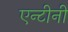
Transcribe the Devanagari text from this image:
एन्टीनी